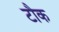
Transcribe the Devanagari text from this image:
टौक